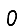
Digit: 0